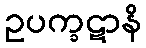
ဥပက္ခဋာနိ